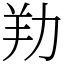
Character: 劷